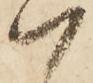
ハ